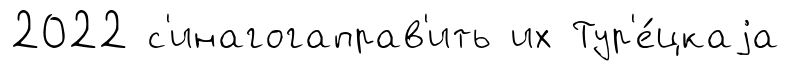
2022 с'инагогаправ'ить их Тур'е́цкаjа